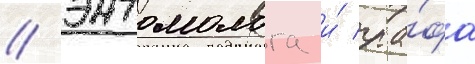
/ энтомолога и́ гра́фа